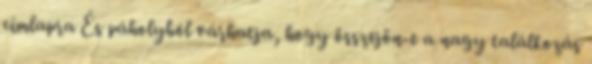
címlapra És páholyból várhatja, hogy összejön-e a nagy találkozás